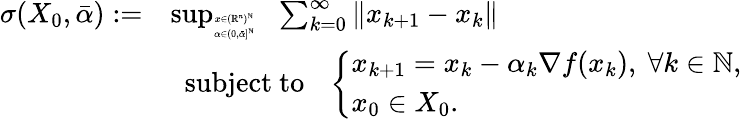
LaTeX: \begin{array}{rl}{\sigma(X_{0},\bar{\alpha}):=}&{\operatorname*{sup}_{\tiny\begin{array}{c}{x\in(\mathbb{R}^{n})^{\mathbb{N}}}\\ {\alpha\in(0,\bar{\alpha}]^{\mathbb{N}}}\end{array}}~~\sum_{k=0}^{\infty}\| x_{k+1}-x_{k}\| }\\ &{~~\mathrm{subject~to}~~~\left\{ \begin{array}{l}{x_{k+1}=x_{k}-\alpha_{k}\nabla f(x_{k}),~\forall k\in\mathbb{N},}\\ {x_{0}\in X_{0}.}\end{array}\right.}\end{array}